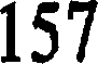
157